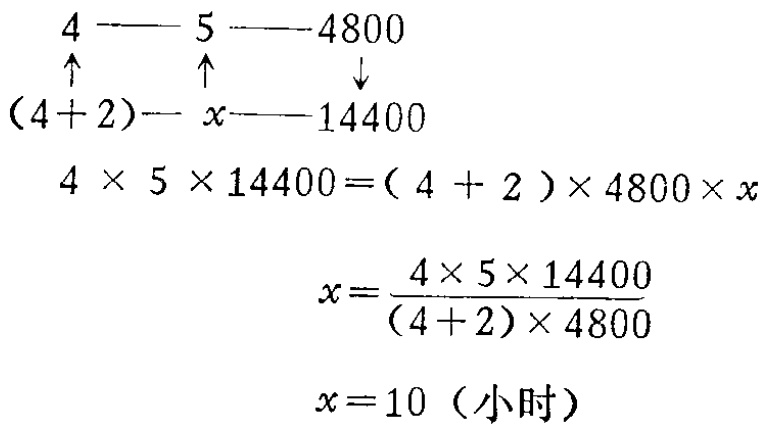
\[

\begin{align*}

4&\text{——}5\text{——}4800\\

\uparrow& \uparrow&\downarrow\\

(4 + 2)&\text{——}x\text{——}14400\\

4\times5\times14400&=(4 + 2)\times4800\times x\\

x&=\frac{4\times5\times14400}{(4 + 2)\times4800}\\

x&=10\ (\text{小时})

\end{align*}

\]